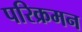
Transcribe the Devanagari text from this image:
परिक्रमन